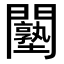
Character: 𨷙